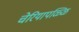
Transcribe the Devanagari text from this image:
चेरियापळ्ळि